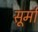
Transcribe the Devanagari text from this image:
सूर्मा